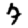
Digit: 7